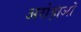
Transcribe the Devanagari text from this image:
अरोड़ाओं